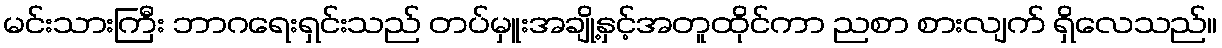
မင်းသားကြီး ဘာဂရေးရှင်းသည် တပ်မှူးအချို့နှင့်အတူထိုင်ကာ ညစာ စားလျက် ရှိလေသည်။